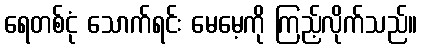
ရေတစ်ငုံ သောက်ရင်း မေမေ့ကို ကြည့်လိုက်သည်။